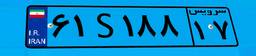
۵۵S۷۳۲۲۸